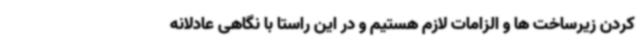
کردن زیرساخت ها و الزامات لازم هستیم و در این راستا با نگاهی عادلانه